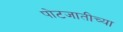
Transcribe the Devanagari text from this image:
पोटजातीच्या